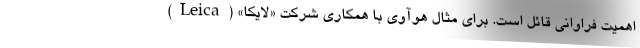
اهمیت فراوانی قائل است. برای مثال هوآوی با همکاری شرکت «لایکا» (Leica)